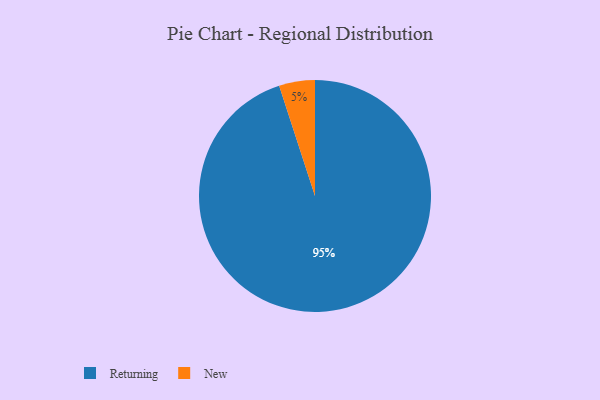
{"axis": {"x": "Category", "y": "Percentage"}, "legend": ["New", "Returning"], "data": [{"x": "New", "y": 5, "type": "New"}, {"x": "Returning", "y": 95, "type": "Returning"}]}